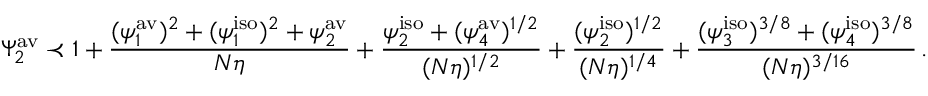
\Psi _ { 2 } ^ { \mathrm { a v } } \prec 1 + \frac { ( \psi _ { 1 } ^ { \mathrm { a v } } ) ^ { 2 } + { ( \psi _ { 1 } ^ { \mathrm { i s o } } ) ^ { 2 } } + \psi _ { 2 } ^ { \mathrm { a v } } } { N \eta } + \frac { \psi _ { 2 } ^ { \mathrm { i s o } } + ( \psi _ { 4 } ^ { \mathrm { a v } } ) ^ { 1 / 2 } } { ( N \eta ) ^ { 1 / 2 } } + \frac { ( \psi _ { 2 } ^ { \mathrm { i s o } } ) ^ { 1 / 2 } } { ( N \eta ) ^ { 1 / 4 } } + \frac { ( \psi _ { 3 } ^ { \mathrm { i s o } } ) ^ { 3 / 8 } + ( \psi _ { 4 } ^ { \mathrm { i s o } } ) ^ { 3 / 8 } } { ( N \eta ) ^ { 3 / 1 6 } } \, .